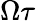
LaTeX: \Omega\tau